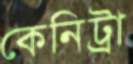
কেনিট্রা